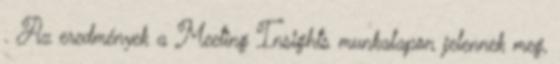
. Az eredmények a Meeting Insights munkalapon jelennek meg,